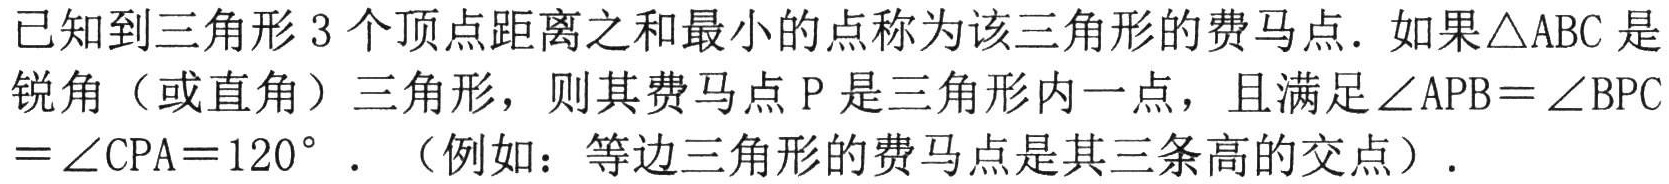
已知到三角形\(3\)个顶点距离之和最小的点称为该三角形的费马点. 如果\(\triangle ABC\)是
锐角（或直角）三角形，则其费马点\(P\)是三角形内一点，且满足\(\angle APB=\angle BPC\)
\(=\angle CPA = 120^{\circ}\). （例如：等边三角形的费马点是其三条高的交点）.